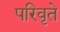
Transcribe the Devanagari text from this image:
परिवृते